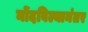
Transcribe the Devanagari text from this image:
नोंदविल्यानंतर